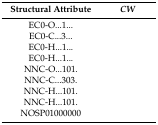
<table><thead><tr><td><b>Structural Attribute</b></td><td><b><i>CW</i></b></td></tr></thead><tbody><tr><td>EC0-O...1...</td><td>[EMPTY_CELL]</td></tr><tr><td>EC0-C...3...</td><td>[EMPTY_CELL]</td></tr><tr><td>EC0-H...1...</td><td>[EMPTY_CELL]</td></tr><tr><td>EC0-H...1...</td><td>[EMPTY_CELL]</td></tr><tr><td>NNC-O...101.</td><td>[EMPTY_CELL]</td></tr><tr><td>NNC-C...303.</td><td>[EMPTY_CELL]</td></tr><tr><td>NNC-H...101.</td><td>[EMPTY_CELL]</td></tr><tr><td>NNC-H...101.</td><td>[EMPTY_CELL]</td></tr><tr><td>NOSP01000000</td><td>[EMPTY_CELL]</td></tr></tbody></table>